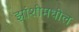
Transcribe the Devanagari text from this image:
झांशीमधील